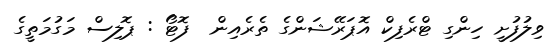
ވިލުފުށީ ހިންގި ޓްރެފިކް އޮޕަރޭޝަންގެ ތެރެއިން  ފޮޓޯ : ޕޮލިސް މަގުމަތީގެ